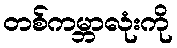
တစ်ကမ္ဘာလုံးကို